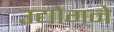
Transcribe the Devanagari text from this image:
उद्योगने